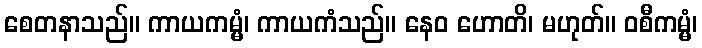
စေတနာသည်။ ကာယကမ္မံ၊ ကာယကံသည်။ နေဝ ဟောတိ၊ မဟုတ်။ ဝစီကမ္မံ၊